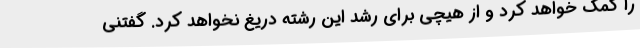
را کمک خواهد کرد و از هیچی برای رشد این رشته دریغ نخواهد کرد. گفتنی